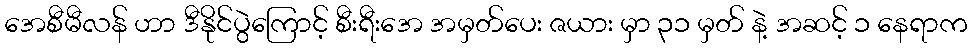
အေစီမီလန် ဟာ ဒီနိုင်ပွဲကြောင့် စီးရီးအေ အမှတ်ပေး ဇယား မှာ ၃၁ မှတ် နဲ့ အဆင့် ၁ နေရာက